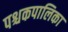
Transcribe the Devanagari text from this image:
पश्चकपालिका